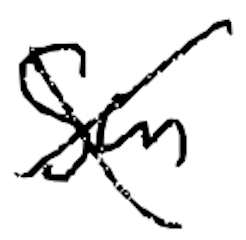
Text: San
Cross-out: cross
Writing tool: digital_black